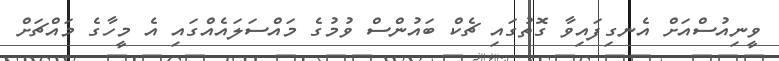
ވީނިއުސްއަށް އެނގިފައިވާ ގޮތުގައި ޗެކް ބައުންސް ވުމުގެ މައްސަލައެއްގައި އެ މީހާގެ މައްޗަށް